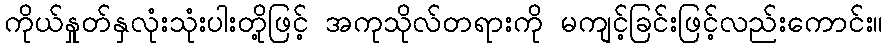
ကိုယ်နှုတ်နှလုံးသုံးပါးတို့ဖြင့် အကုသိုလ်တရားကို မကျင့်ခြင်းဖြင့်လည်းကောင်း။